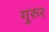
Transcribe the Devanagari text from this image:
गुरुर